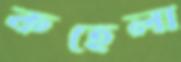
কহেলা